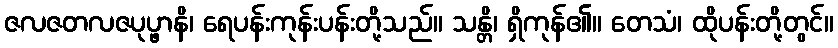
ဇလဇတလဇပုပ္ဖာနိ၊ ရေပန်းကုန်းပန်းတို့သည်။ သန္တိ၊ ရှိကုန်၏။ တေသံ၊ ထိုပန်းတို့တွင်။